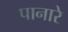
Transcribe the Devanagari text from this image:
पानारे